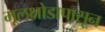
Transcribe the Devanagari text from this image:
मूलक्षोडापासून